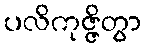
ပလိကုဇ္ဇိတွာ